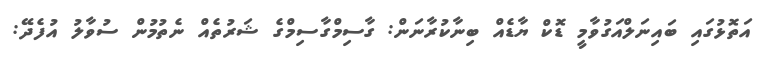
އަތޮޅުގައި ބައިނަލްއަގުވާމީ ޑޮކް ޔާޑެއް ބިނާކުރާނަން: ގާސިމްގާސިމްގެ ޝަރުތެއް ނެތުމުން ސުވާލު އުފެދޭ: